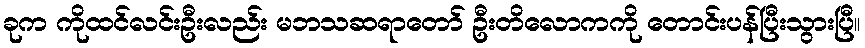
ခုက ကိုထင်လင်းဦးလည်း မဘသဆရာတော် ဦးတိလောကကို တောင်းပန်ပြီးသွားပြီ။